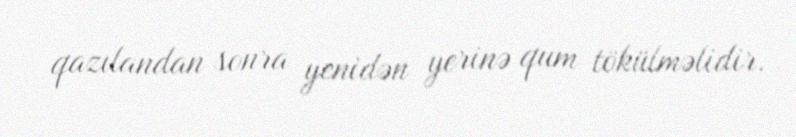
qazılandan sonra yenidən yerinə qum tökülməlidir.